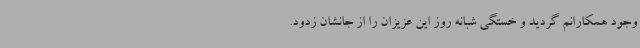
وجود همکارانم گردید و خستگی شبانه روز این عزیزان را از جانشان زدود.